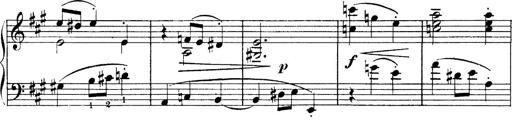
Title: 4 Sonatines
Composer: Max Reger